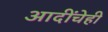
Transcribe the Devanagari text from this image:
आदींचेही